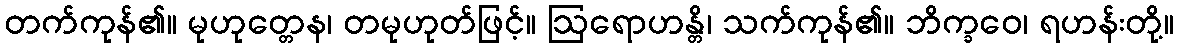
တက်ကုန်၏။ မုဟုတ္တေန၊ တမုဟုတ်ဖြင့်။ ဩရောဟန္တိ၊ သက်ကုန်၏။ ဘိက္ခဝေ၊ ရဟန်းတို့။